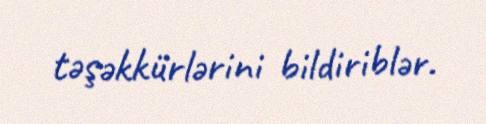
təşəkkürlərini bildiriblər.